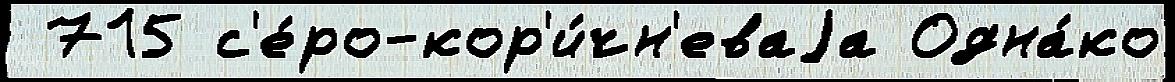
 715 с'е́ро-кор'и́чн'еваjа Одна́ко